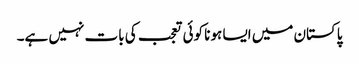
پاکستان میں ایسا ہونا کوئی تعجب کی بات نہیں ہے۔